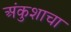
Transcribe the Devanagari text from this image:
अंकुशाचा